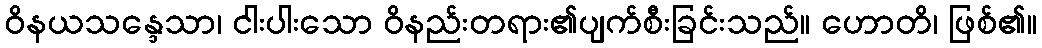
ဝိနယသန္ဒေသာ၊ ငါးပါးသော ဝိနည်းတရား၏ပျက်စီးခြင်းသည်။ ဟောတိ၊ ဖြစ်၏။